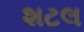
શટલ